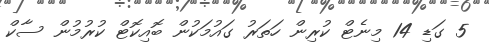
5 ގަޑި 14 މިނެޓް ކުރިން ހަތަރު ގައުމަކުން ބޮއިކޮޓް ކުރުމުން ސާކް